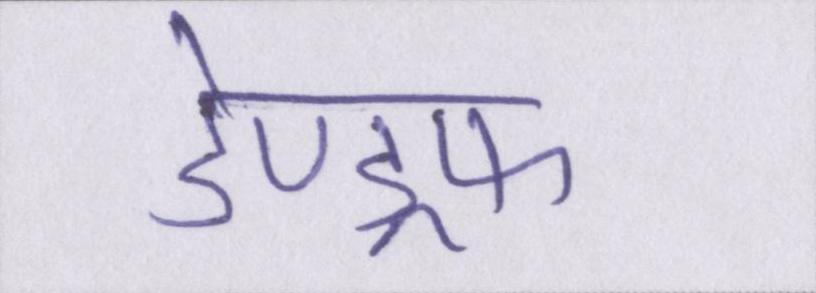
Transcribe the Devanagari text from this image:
डेण्ड्रफ